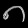
Digit: ၈